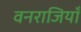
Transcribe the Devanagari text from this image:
वनराजियाँ